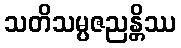
သတိသမ္ပဇညန္တိဿ